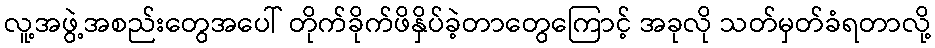
လူ့အဖွဲ့အစည်းတွေအပေါ် တိုက်ခိုက်ဖိနှိပ်ခဲ့တာတွေကြောင့် အခုလို သတ်မှတ်ခံရတာလို့